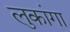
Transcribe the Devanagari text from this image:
लुकांगा